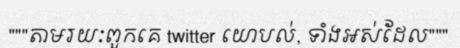
"""តាមរយៈពួកគេ twitter យោបល់, ទាំងអស់ដែល"""